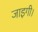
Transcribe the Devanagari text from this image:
जाइगी।